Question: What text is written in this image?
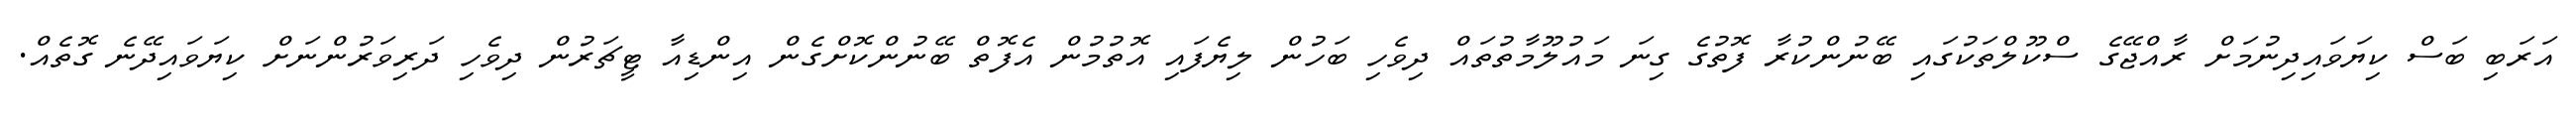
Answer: އަރަބި ބަސް ކިޔަވައިދިނުމަށް ރާއްޖޭގެ ސްކޫލްތަކުގައި ބޭނުންކުރާ ފޮތުގެ ގިނަ މައުލޫމާތުތައް ދިވެހި ބަހުން ލިޔެފައި އޮތުމުން އެފޮތް ބޭނުންކޮށްގެން އިންޑިއާ ޓީޗަރުން ދިވެހި ދަރިވަރުންނަށް ކިޔަވައިދޭނެ ގޮތެއް.